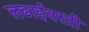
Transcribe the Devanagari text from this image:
लढाईवरती